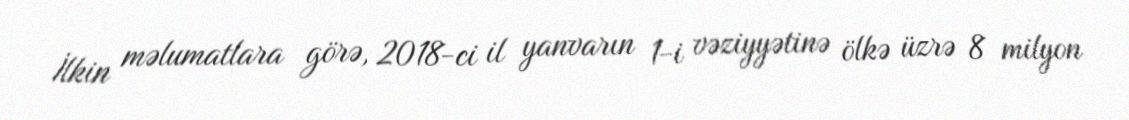
İlkin məlumatlara görə, 2018-ci il yanvarın 1-i vəziyyətinə ölkə üzrə 8 milyon